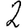
Digit: 2